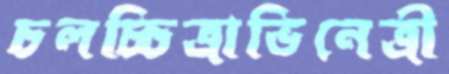
চলচ্চিত্রাভিনেত্রী